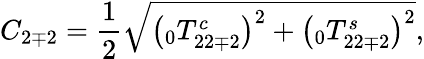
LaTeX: C_{2\mp 2}=\frac{1}{2}\sqrt{\left(\phantom{}_{0}T_{22\mp 2}^{c}\right)^{2}+\left(\phantom{}_{0}T_{22\mp 2}^{s}\right)^{2}},